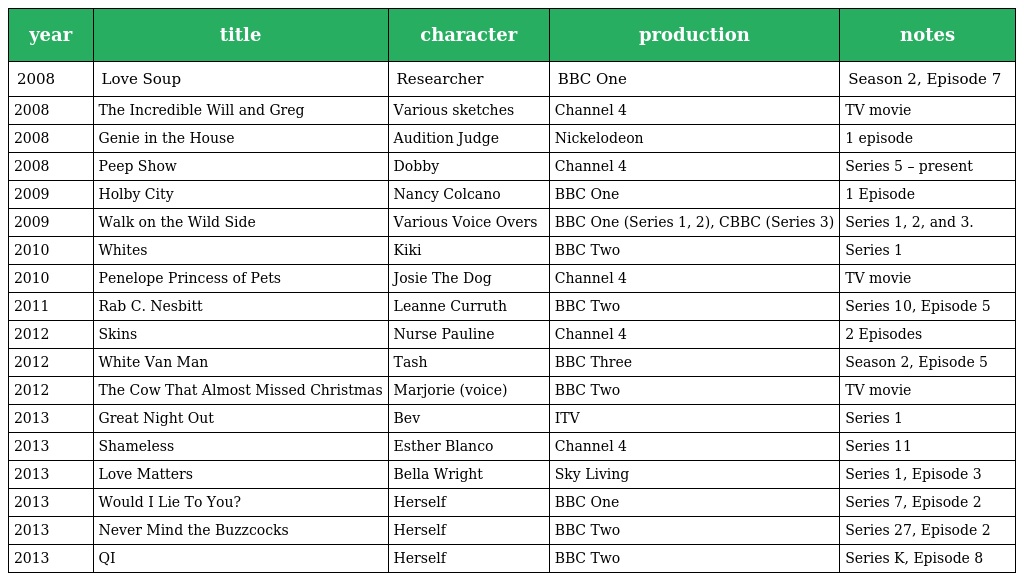
| year | title | character | production | notes |
 | --- | --- | --- | --- | --- |
 | 2008 | Love Soup | Researcher | BBC One | Season 2, Episode 7 |
 | 2008 | The Incredible Will and Greg | Various sketches | Channel 4 | TV movie |
 | 2008 | Genie in the House | Audition Judge | Nickelodeon | 1 episode |
 | 2008 | Peep Show | Dobby | Channel 4 | Series 5 – present |
 | 2009 | Holby City | Nancy Colcano | BBC One | 1 Episode |
 | 2009 | Walk on the Wild Side | Various Voice Overs | BBC One (Series 1, 2), CBBC (Series 3) | Series 1, 2, and 3. |
 | 2010 | Whites | Kiki | BBC Two | Series 1 |
 | 2010 | Penelope Princess of Pets | Josie The Dog | Channel 4 | TV movie |
 | 2011 | Rab C. Nesbitt | Leanne Curruth | BBC Two | Series 10, Episode 5 |
 | 2012 | Skins | Nurse Pauline | Channel 4 | 2 Episodes |
 | 2012 | White Van Man | Tash | BBC Three | Season 2, Episode 5 |
 | 2012 | The Cow That Almost Missed Christmas | Marjorie (voice) | BBC Two | TV movie |
 | 2013 | Great Night Out | Bev | ITV | Series 1 |
 | 2013 | Shameless | Esther Blanco | Channel 4 | Series 11 |
 | 2013 | Love Matters | Bella Wright | Sky Living | Series 1, Episode 3 |
 | 2013 | Would I Lie To You? | Herself | BBC One | Series 7, Episode 2 |
 | 2013 | Never Mind the Buzzcocks | Herself | BBC Two | Series 27, Episode 2 |
 | 2013 | QI | Herself | BBC Two | Series K, Episode 8 |